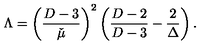
\Lambda = \left( \frac { D - 3 } { \check { \mu } } \right) ^ { 2 } \left( \frac { D - 2 } { D - 3 } - \frac { 2 } { \Delta } \right) .